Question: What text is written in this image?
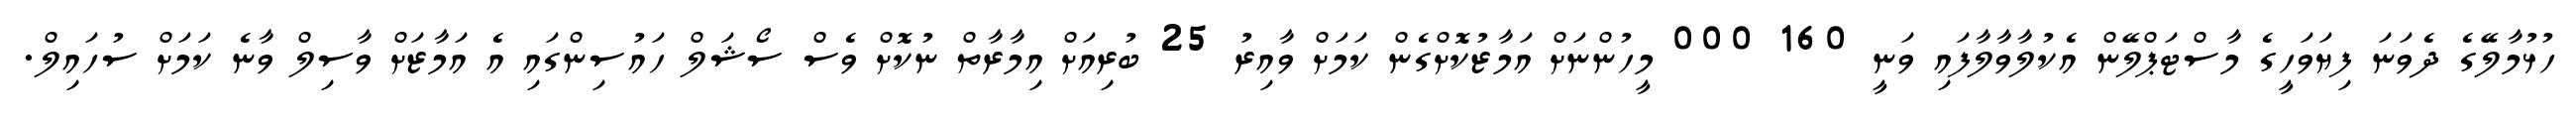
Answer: ހުޅުމާލޭގެ ދެވަނަ ފިޔަވަހީގެ މާސްޓަޕްލޭން އެކުލާވާލާފައި ވަނީ 160 000 މީހުންނަށް އަމާޒުކޮށްގެން ކަމަށް ވާއިރު 25 ބުރިއަށް އިމާރާތް ނުކޮށް ވެސް ސޯޝަލް ހައުސިންގައި އެ އަމާޒަށް ވާސިލް ވާނެ ކަމަށް ސުހައިލް.